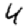
Digit: 4